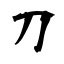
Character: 刀